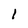
Character: 1